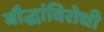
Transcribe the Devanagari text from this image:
बौद्धांविरोधी